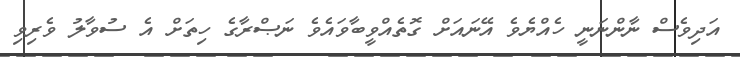
އަދިވެސް ނާންނަނީ ހެއްޔެވެ އޭނައަށް ގޮތެއްވީބާވައެވެ ނަޞްރާގެ ހިތަށް އެ ސުވާލު ވެރިވި